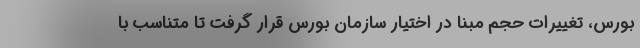
بورس، تغییرات حجم مبنا در اختیار سازمان بورس قرار گرفت تا متناسب با